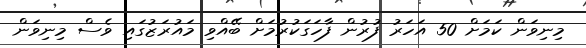
މިނިވަން ކަމަށް 50 އަހަރު ފުރުން ފާހަގަކުރުމަށް ބޭއްވި މައުރަޒުގައި ވެސް މިނިވަން